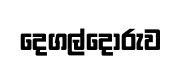
දෙගල්දෝරුව